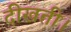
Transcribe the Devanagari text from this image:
दीखती।